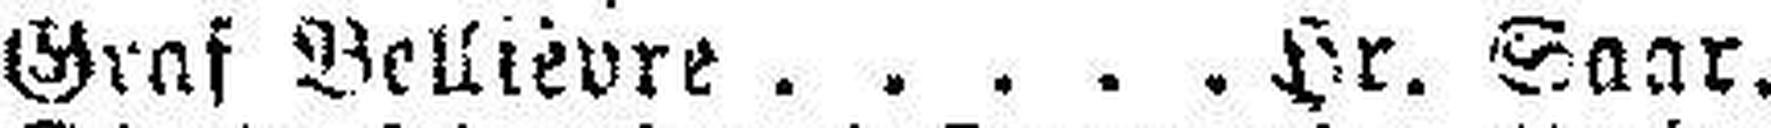
Graf Bellievre Hr. Saar.